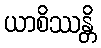
ယာစိဿန္တိ